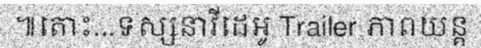
៕តោះ...ទស្សនាវីដេអូ Trailer ភាពយន្ត